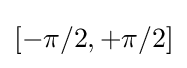
[-\pi /2,+\pi /2]